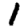
Digit: 1